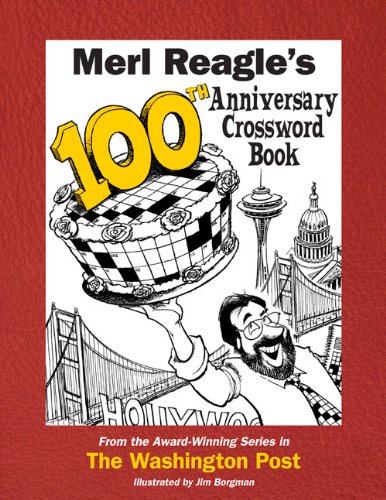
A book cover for Merl Reagle's 100th Anniversary Crossword Book; Merl Reagle; Humor & Entertainment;